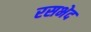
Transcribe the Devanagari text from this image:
रसभेद